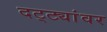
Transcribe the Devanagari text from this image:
दट्ट्यांवर